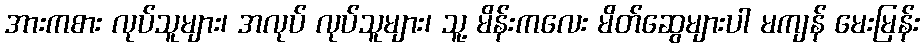
အားကစား လုပ်သူများ၊ အလုပ် လုပ်သူများ၊ သူ့ မိန်းကလေး မိတ်ဆွေများပါ မကျန် မေးမြန်း